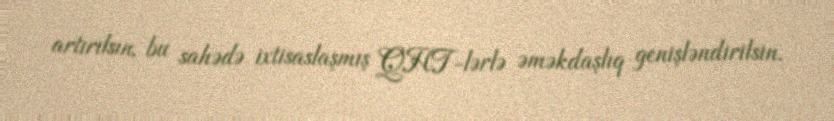
artırılsın, bu sahədə ixtisaslaşmış QHT-lərlə əməkdaşlıq genişləndirilsin.